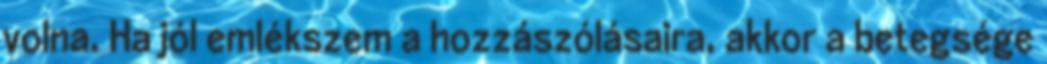
volna. Ha jól emlékszem a hozzászólásaira, akkor a betegsége